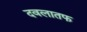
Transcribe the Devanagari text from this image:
दवलातफ